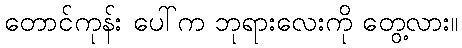
တောင်ကုန်း ပေါ်က ဘုရားလေးကို တွေ့လား။